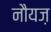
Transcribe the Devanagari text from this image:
नौयज़